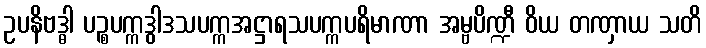
ဥပနိဗဒ္ဓါ ပဉ္စပက္ကဒွါဒသပက္ကအဋ္ဌာရသပက္ကပရိမာဏာ အမ္ဗပိဏ္ဍီ ဝိယ တဏှာယ သတိ